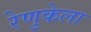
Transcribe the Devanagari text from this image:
रेणुकेला